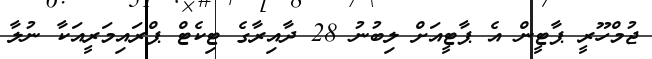
ޖުމްހޫރީ ޕާޓީން އެ ޕާޓީއަށް ލިބުނު 28 ދާއިރާގެ ޓިކެޓް ޕްރައިމަރީއަކާ ނުލާ